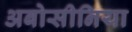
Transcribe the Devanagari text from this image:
अबोसीनिया